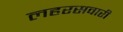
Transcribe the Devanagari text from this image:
लहरसवारी